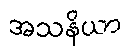
အသနိယာ